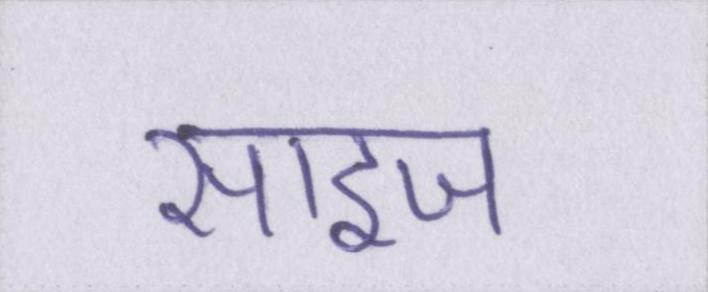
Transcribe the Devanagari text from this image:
साइज